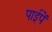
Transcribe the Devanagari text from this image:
पाईपें